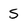
Character: S